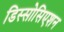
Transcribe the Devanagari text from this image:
डिस्सोसिएशन